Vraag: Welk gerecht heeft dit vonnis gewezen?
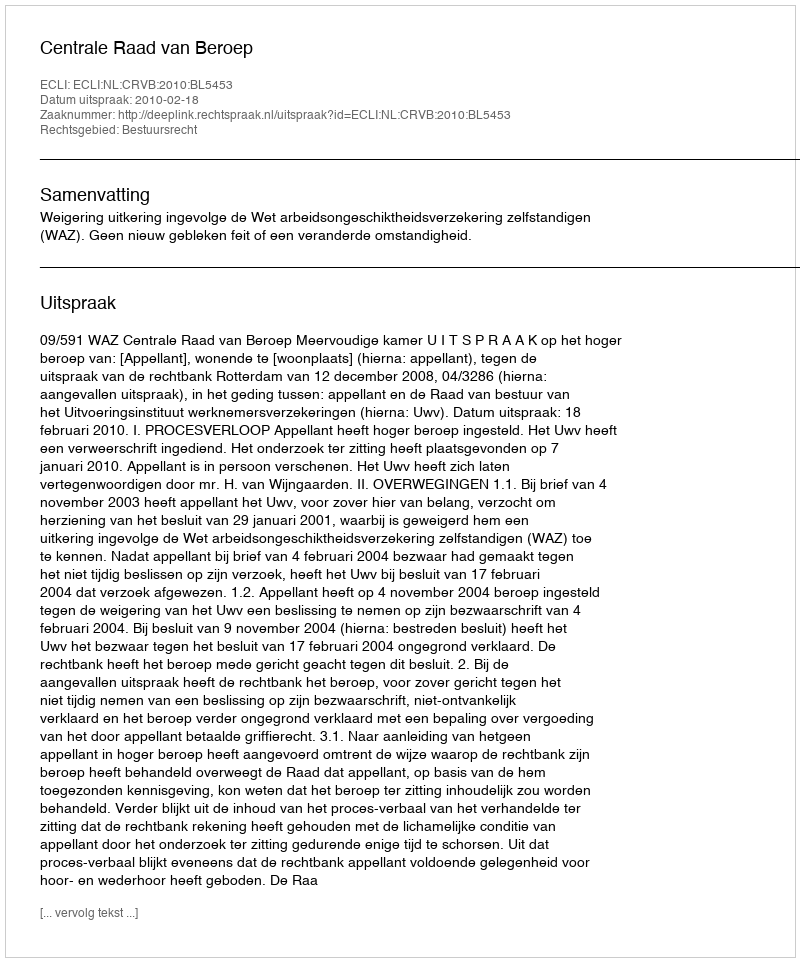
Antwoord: Centrale Raad van Beroep